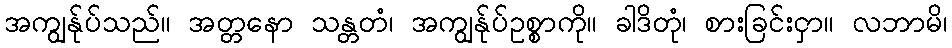
အကျွန်ုပ်သည်။ အတ္တနော သန္တတံ၊ အကျွန်ုပ်ဥစ္စာကို။ ခါဒိတုံ၊ စားခြင်းငှာ။ လဘာမိ၊